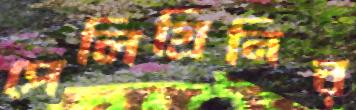
পেলিগ্রিনির